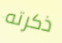
ذكرته